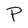
Character: P